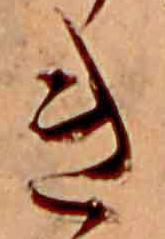
き